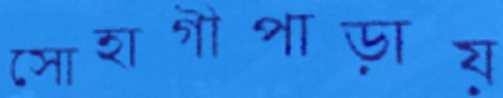
সোহাগীপাড়ায়